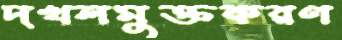
দখলমুক্তকরণ